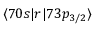
\langle 7 0 s | r | 7 3 p _ { 3 / 2 } \rangle